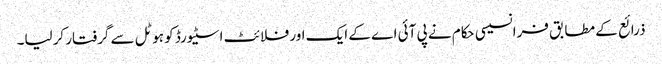
ذرائع کے مطابق فرانسیسی حکام نے پی آئی اے کے ایک اور فلائٹ اسٹیورڈ کو ہوٹل سے گرفتار کرلیا۔